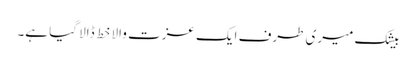
بیشک میری طرف ایک عزت والا خط ڈالا گیا ہے۔